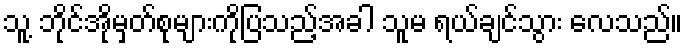
သူ့ ဘိုင်အိုမှတ်စုများကိုပြသည့်အခါ သူမ ရယ်ချင်သွား လေသည်။